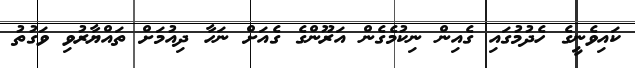
ކައިވެނީގެ ހެދުމުގައި ގެއިން ނިކުމެގެން އަރޫންގެ ގެއަށް ނަހާ ދިއުމަށް ތައްޔާރުވި ވަގުތު